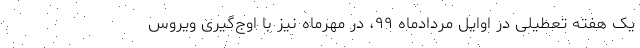
یک هفته تعطیلی در اوایل مردادماه ۹۹، در مهرماه نیز با اوج‌گیری ویروس